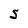
Character: S